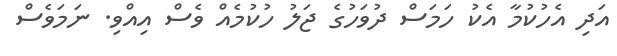
އަދި އެހުކުމާ އެކު ހަމަސް ދުވަހުގެ ޖަލު ހުކުމެއް ވެސް އިއްވި. ނަމަވެސް